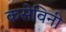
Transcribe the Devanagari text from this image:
कसेविनी